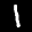
Label: 1